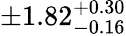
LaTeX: \pm 1.82_{-0.16}^{+0.30}